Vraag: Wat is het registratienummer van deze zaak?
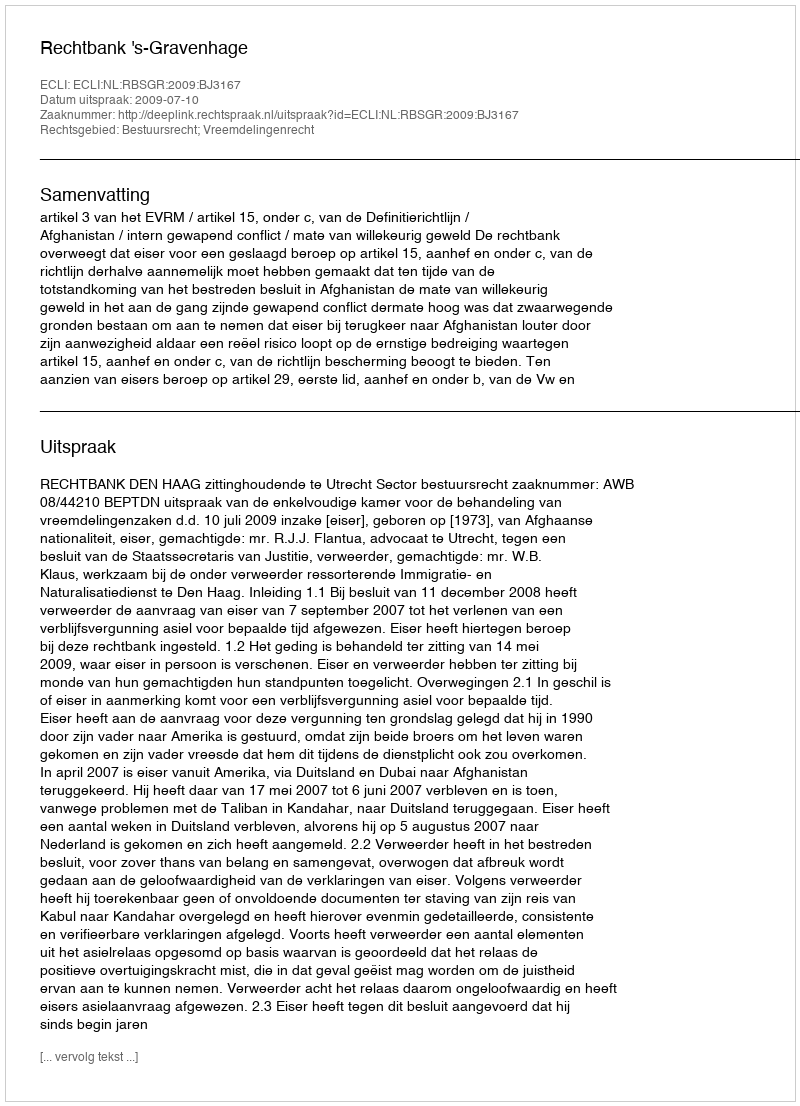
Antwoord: http://deeplink.rechtspraak.nl/uitspraak?id=ECLI:NL:RBSGR:2009:BJ3167